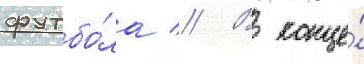
футбо́ла // В конце́